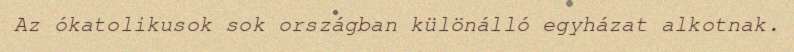
Az ókatolikusok sok országban különálló egyházat alkotnak.